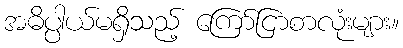
အဓိပ္ပါယ်မရှိသည့် ကြော်ငြာစာလုံးများ။